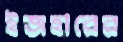
ইজহারের